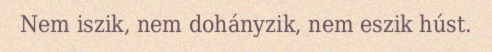
Nem iszik, nem dohányzik, nem eszik húst.